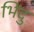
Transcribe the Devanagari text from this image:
भिंदु